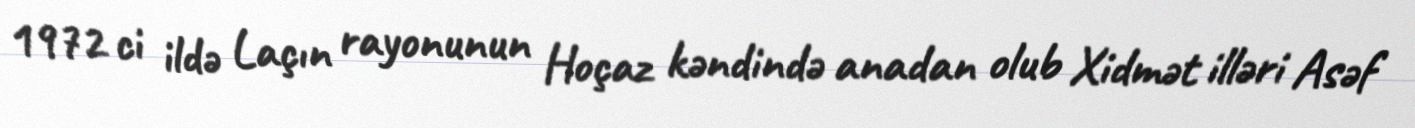
1972 ci ildə Laçın rayonunun Hoçaz kəndində anadan olub Xidmət illəri Asəf